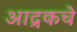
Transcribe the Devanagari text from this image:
आद्रकचे